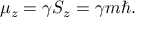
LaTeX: \mu _ { z } = \gamma S _ { z } = \gamma m \hbar .